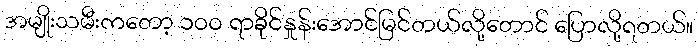
အမျိုးသမီးကတော့ ၁၀၀ ရာခိုင်နှုန်းအောင်မြင်တယ်လို့တောင် ပြောလို့ရတယ်။